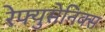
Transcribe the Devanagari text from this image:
रेफ्युसेनिक्स